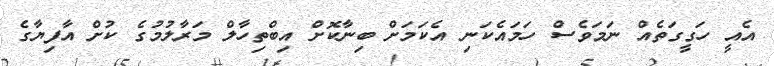
އެއީ ހަގީގަތެއް ނަމަވެސް ހަމައެކަނި އެކަމަށް ބިނާކޮށް އިބްތިހާލް މަރާލުމުގެ ކުށް އާފިޔާގެ